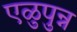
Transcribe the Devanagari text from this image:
एळुपुन्न